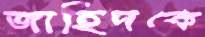
জাহিদকে